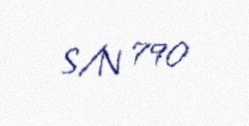
S/N 790